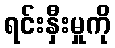
ရင်းနှီးမှုကို